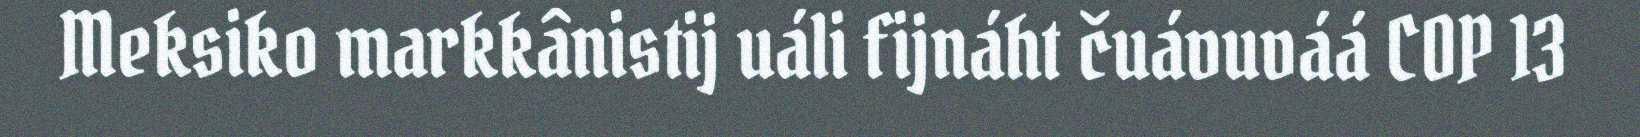
Meksiko markkânistij uáli fijnáht čuávuváá COP 13